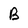
Character: B